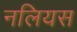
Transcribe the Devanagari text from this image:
नलियस